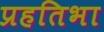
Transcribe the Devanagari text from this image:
प्रहतिभा